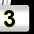
Digit: 3